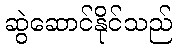
ဆွဲဆောင်နိုင်သည်